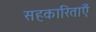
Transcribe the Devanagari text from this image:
सहकारिताएँ